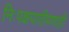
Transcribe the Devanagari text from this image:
निःपक्षपातीपणाही